Report on vaccination North-West Frontier Province 1904-1922 - 1904-1922
Year: 1904
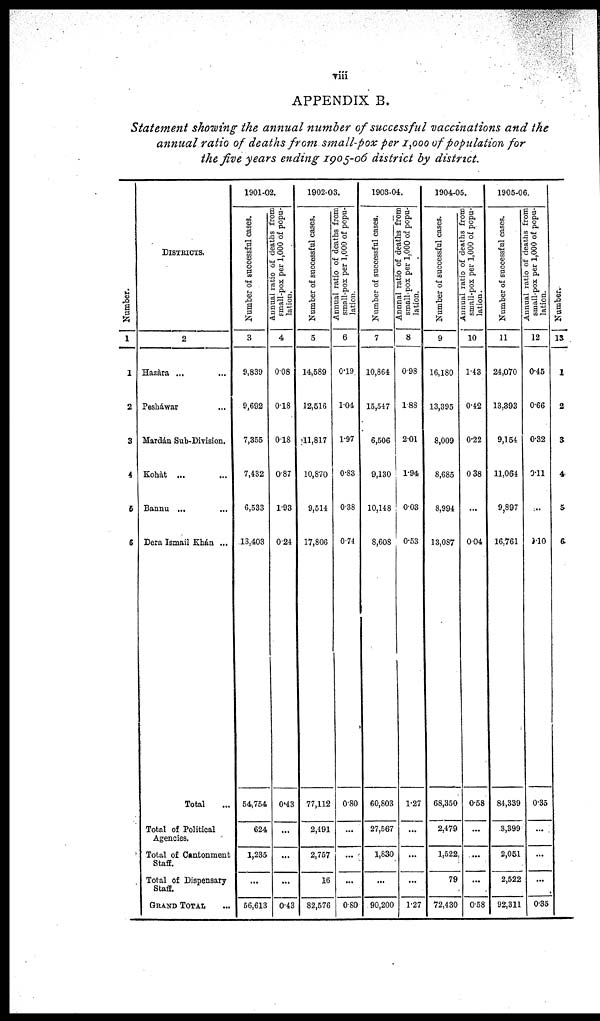
viii
APPENDIX B.
Statement showing the annual number of successful vaccinations and the
annual ratio of deaths from small-pox per 1,000 of population for
the five years ending 1905-06 district by district.
Number.
1
1
2
3
4
5
6
DISTRICTS.
2
Hazàra ... ...
Pesháwar ...
Mardán Sub-Division.
Kohàt ... ...
Bannu ... ...
Dera Ismail Khán ...
Total ...
Total of Political
Agencies.
Total of Cantonment
Staff.
Total of Dispensary
Staff.
GRAND TOTAL
1901-02.
Number of successful cases.
3
9,839
9,692
7,355
7,432
6,533
13,403
54,754
624
1,235
...
56,613
Annual ratio of deaths from
small-pox per 1,000 of popu-
lation.
4
0.08
0.18
0.18
0.87
1.93
0.24
0.43
...
...
...
0.43
1902-03.
Number of successful cases.
5
14,589
12,516
11,817
10,870
9,514
17,806
77,112
2,491
2,757
16
82,576
Annual ratio of deaths from
small-pox per 1,000 of popu-
lation.
6
0.19
1.04
1.97
0.83
0.38
0.74
0.80
...
...
...
0.80
1903-04.
Number of successful cases.
7
10,864
15,547
6,506
9,130
10,148
8,608
60,803
27,567
1,830
...
90,200
Annnal ratio of deaths from
small-pox per 1,000 of popu-
lation.
8
0.98
1.88
2.01
1.94
0.03
0.53
1.27
...
...
...
1.27
1904-05.
Number of successful cases.
9
16,180
13,395
8,009
8,685
8,994
13,087
68,350
2,479
1,522
79
72,430
Annual ratio of deaths from
small-pox per 1,000 of popu-
lation .
10
1.43
0.42
0.22
0.38
...
0.04
0.58
...
...
...
0.58
1905-06.
Number of successful cases.
11
24,070
13,393
9,154
11,064
9,897
16,761
84,339
3,399
2,051
2,522
92,311
Annual ratio of deaths from
small-pox per 1,000 of popu-
lation.
12
0.45
0.66
0.32
0.11
...
0.10
0.35
...
...
...
0.35
Number.
13
1
2
3
4
5
6